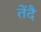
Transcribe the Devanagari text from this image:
तेंदै